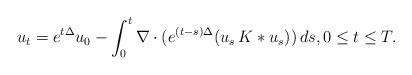
LaTeX: \begin{align*}u_{t} = e^{t\Delta} u_0 - \int_0^t \nabla \cdot ( e^{(t-s)\Delta } (u_{s}\, K \ast u_{s}) )\, ds, 0 \leq t \leq T.\end{align*}